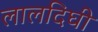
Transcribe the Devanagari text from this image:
लालदिघी